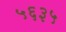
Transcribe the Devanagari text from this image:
५६३५